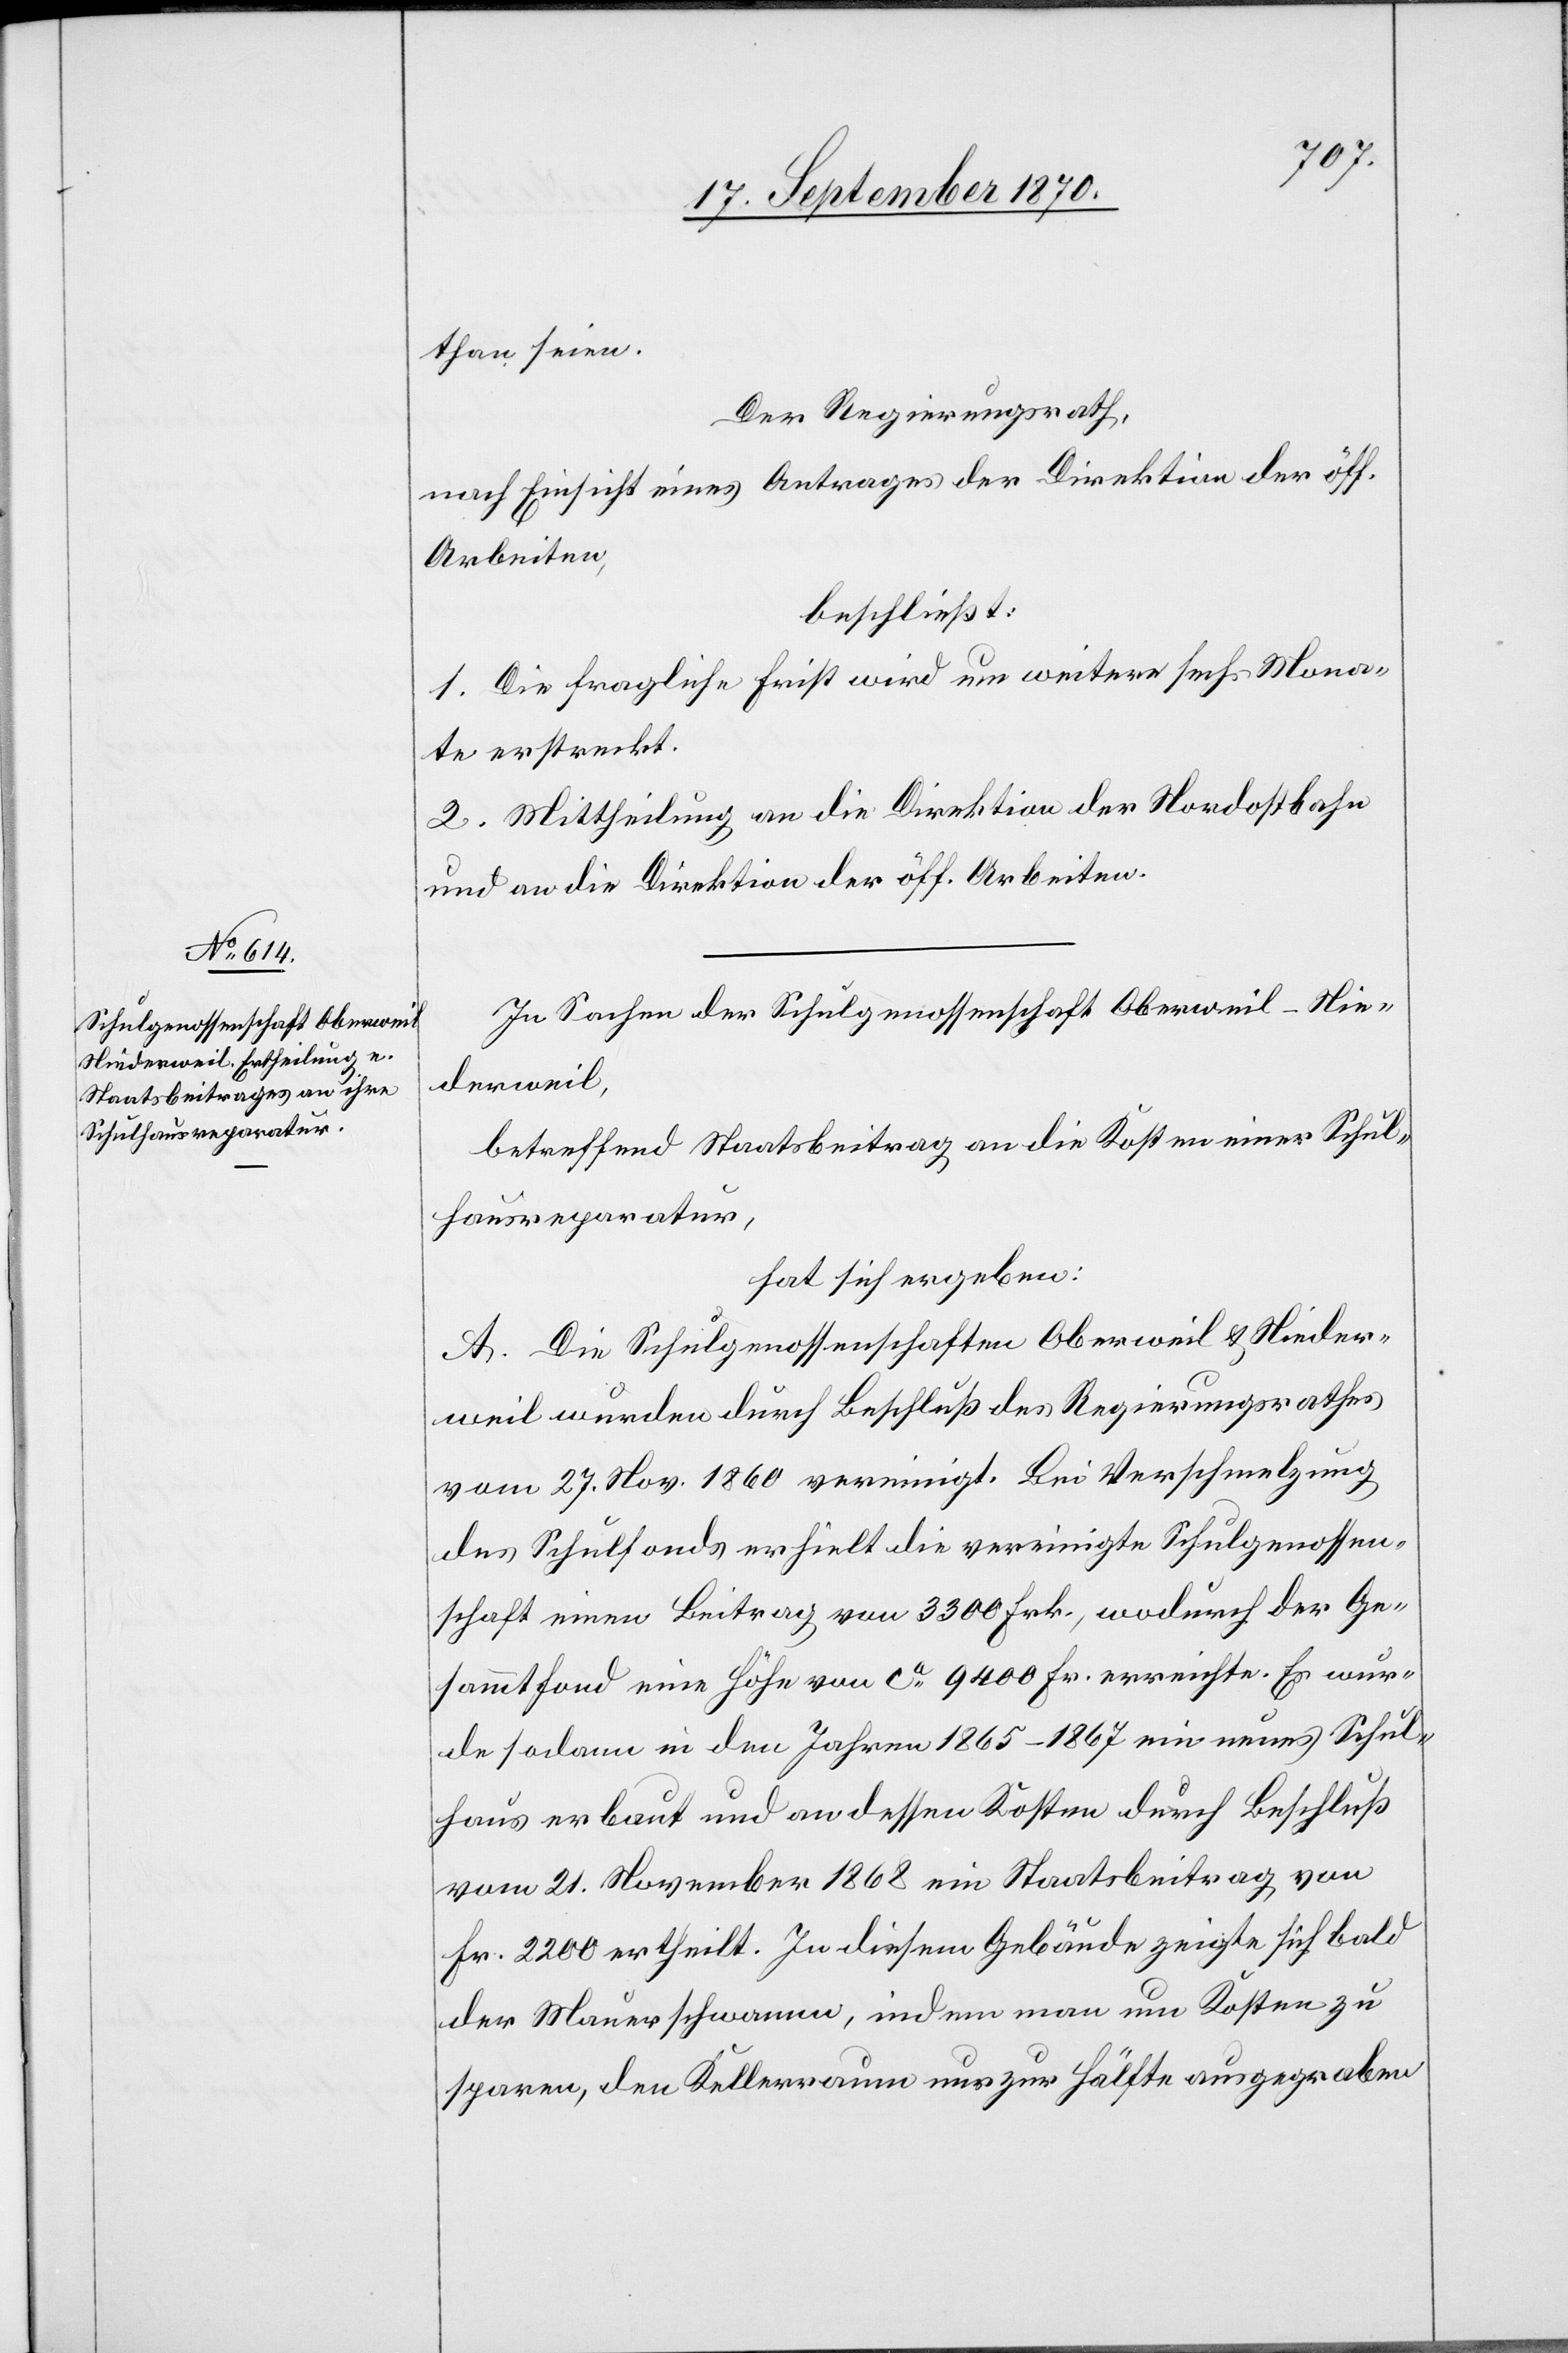
than seien.
Der Regierungsrath,
nach Einsicht eines Antrages der Direktion der öff.
Arbeiten,
beschließt:
1. Die fragliche Frist wird um weitere sechs Mona¬
te erstreckt.
2. Mittheilung an die Direktion der Nordostbahn
und an die Direktion der öff. Arbeiten.